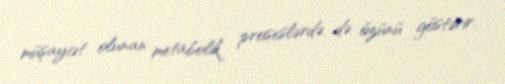
müşayiət olunan metabolik proseslərdə də özünü göstərir.